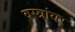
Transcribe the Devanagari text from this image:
वस्त्रांवर